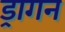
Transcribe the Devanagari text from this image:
ड्रागन